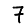
Digit: 7